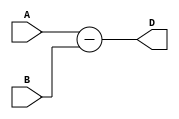
module carry_lookahead_subtractor (
    input [3:0] A,
    input [3:0] B,
    output [3:0] D
);

wire [3:0] C; // Carry bits
wire c0, c1, c2; // Intermediate carry signals

assign c0 = A[0] ^ B[0];
assign c1 = (A[1] & B[0]) | (A[0] & B[1]);
assign c2 = (A[2] & B[1]) | (A[1] & B[2]);

assign C = {c0, c1, c2, 0};

assign D = A - B;

endmodule